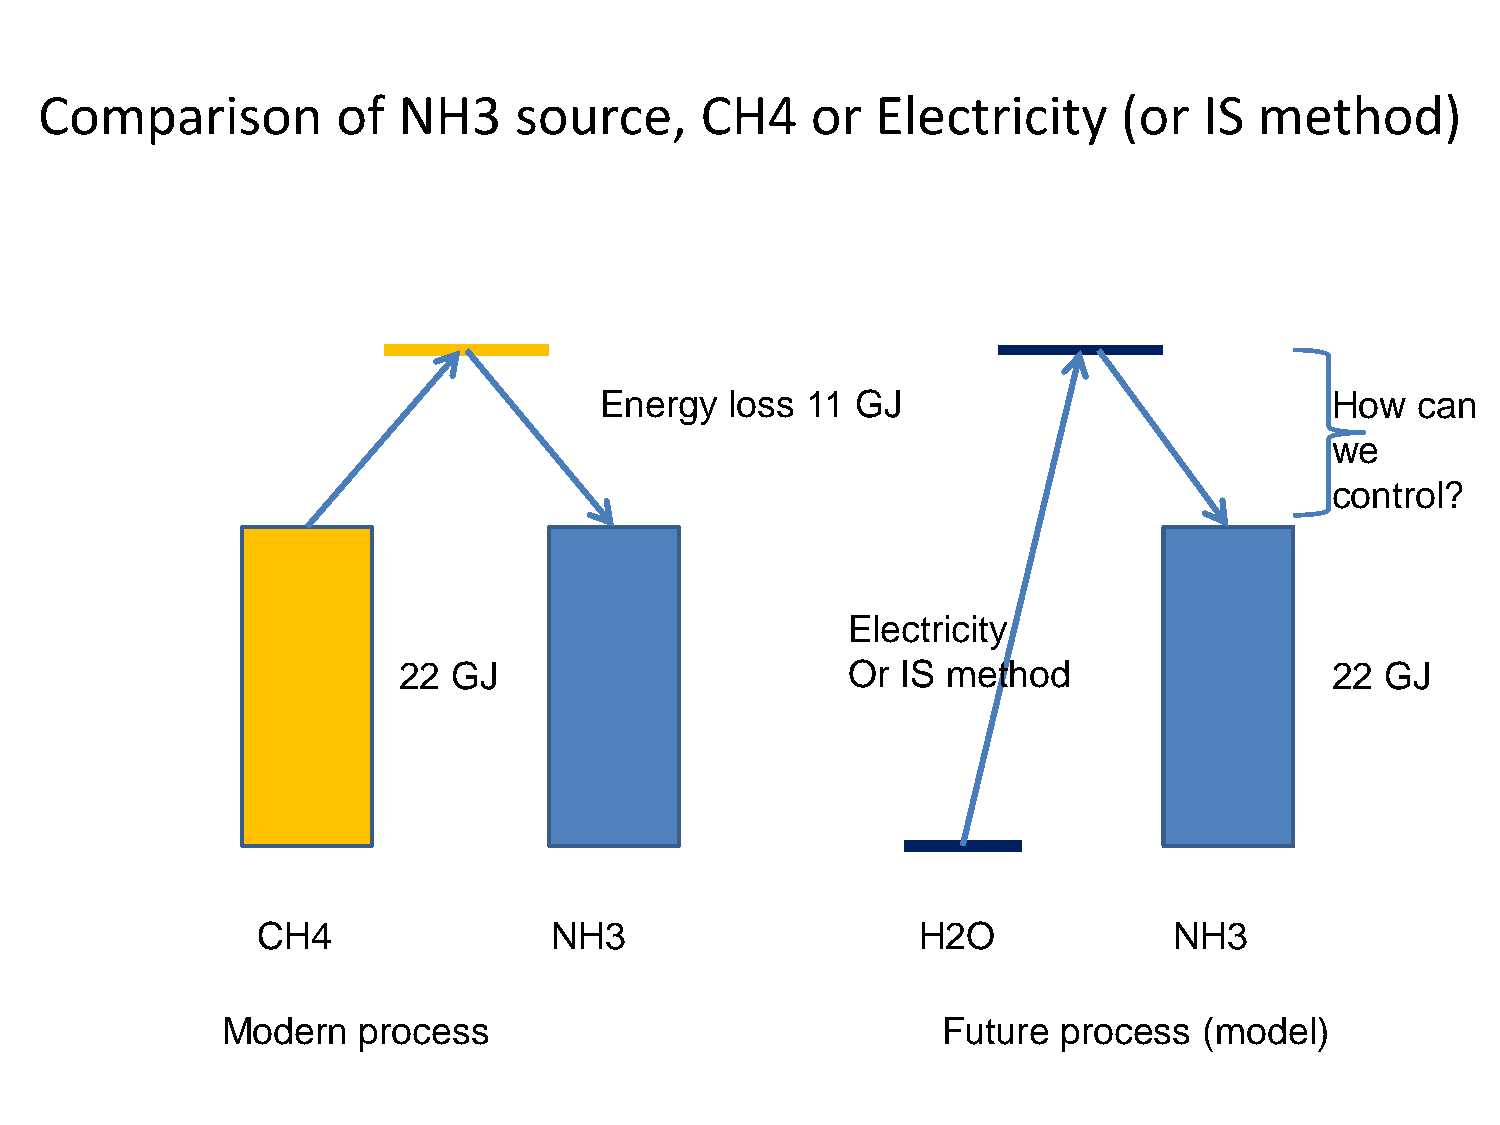
Comparison         of  NH3     source,     CH4     or  Electricity     (or   IS method)
 Energy  loss 11  GJ                             How   can
 we
 control?
 Electricity
 22  GJ                        Or  IS method                   22  GJ
 CH4                NH3                      H2O              NH3
 Modern   process                               Future  process   (model)